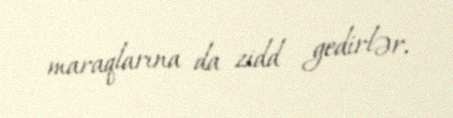
maraqlarına da zidd gedirlər.